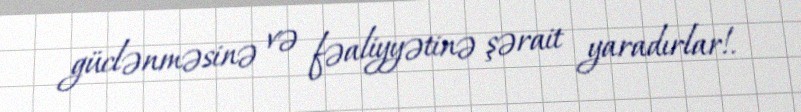
güclənməsinə və fəaliyyətinə şərait yaradırlar!.